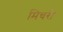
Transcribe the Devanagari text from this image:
मिचरी